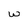
Character: w